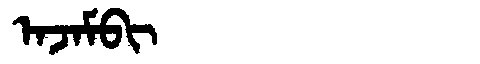
Manchu: ᠠᠵᠠᠮᠪᡳ
Romanization: AJAMBI